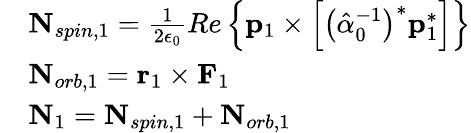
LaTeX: \begin{array}{rl}&{\mathbf{N}_{spin,1}=\frac{1}{2\epsilon_{0}}Re\left\{ \mathbf{p}_{1}\times\left[\left(\hat{\alpha}_{0}^{-1}\right)^{*}\mathbf{p}_{1}^{*}\right]\right\} }\\ &{\mathbf{N}_{orb,1}=\mathbf{r}_{1}\times\mathbf{F}_{1}}\\ &{\mathbf{N}_{1}=\mathbf{N}_{spin,1}+\mathbf{N}_{orb,1}}\end{array}